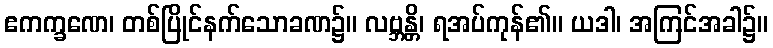
ဧကက္ခဏေ၊ တစ်ပြိုင်နက်သောခဏ၌။ လဗ္ဘန္တိ၊ ရအပ်ကုန်၏။ ယဒါ၊ အကြင်အခါ၌။